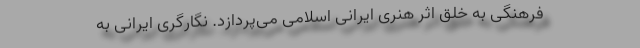
فرهنگی به خلق اثر هنری ایرانی اسلامی می‌پردازد. نگارگری ایرانی به